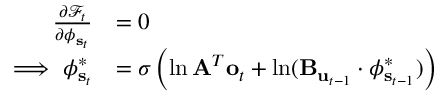
\begin{array} { r l } { \frac { \partial \mathcal { F } _ { t } } { \partial \boldsymbol { \phi } _ { \mathbf { s } _ { t } } } } & { = 0 } \\ { \implies \boldsymbol { \phi } _ { \mathbf { s } _ { t } } ^ { * } } & { = \sigma \left( \ln \mathbf { A } ^ { T } \mathbf { o } _ { t } + \ln ( \mathbf { B } _ { \mathbf { u } _ { t - 1 } } \cdot \boldsymbol { \phi } _ { \mathbf { s } _ { t - 1 } } ^ { * } ) \right) } \end{array}